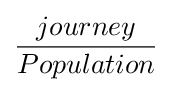
{\frac {journey}{Population}}